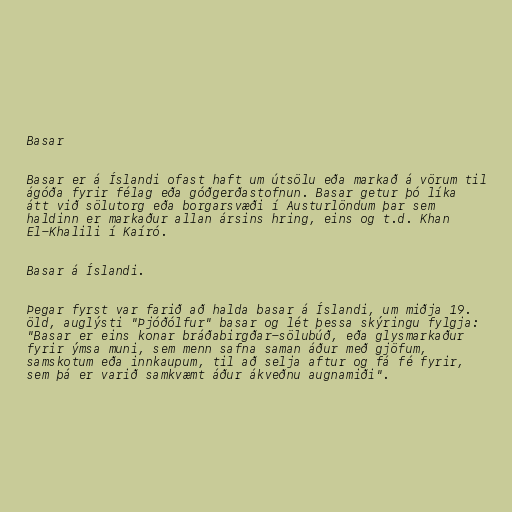
Basar

Basar er á Íslandi ofast haft um útsölu eða markað á vörum til
ágóða fyrir félag eða góðgerðastofnun. Basar getur þó líka
átt við sölutorg eða borgarsvæði í Austurlöndum þar sem
haldinn er markaður allan ársins hring, eins og t.d. Khan
El-Khalili í Kaíró.

Basar á Íslandi.

Þegar fyrst var farið að halda basar á Íslandi, um miðja 19.
öld, auglýsti "Þjóðólfur" basar og lét þessa skýringu fylgja:
"Basar er eins konar bráðabirgðar-sölubúð, eða glysmarkaður
fyrir ýmsa muni, sem menn safna saman áður með gjöfum,
samskotum eða innkaupum, til að selja aftur og fá fé fyrir,
sem þá er varið samkvæmt áður ákveðnu augnamiði".